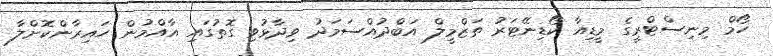
ހޯމް މިނިސްޓްރީގެ މީޑިއާ ކޯޑިނޭޓަރު ތަޒްމީލް އަބްދުއްސަމަދު ވިދާޅުވި ގޮތުގައި އާއްމުން ހައިރާންކޮށްލާ